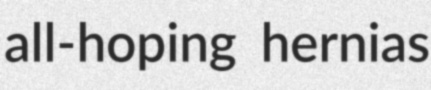
all-hoping hernias